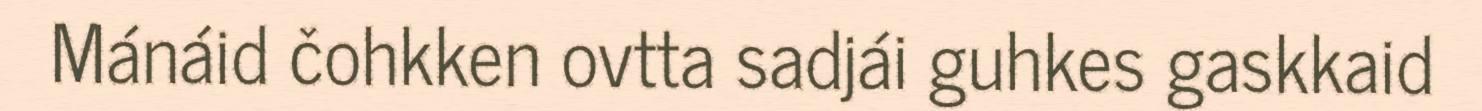
Mánáid čohkken ovtta sadjái guhkes gaskkaid